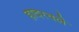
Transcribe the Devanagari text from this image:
हादरवले